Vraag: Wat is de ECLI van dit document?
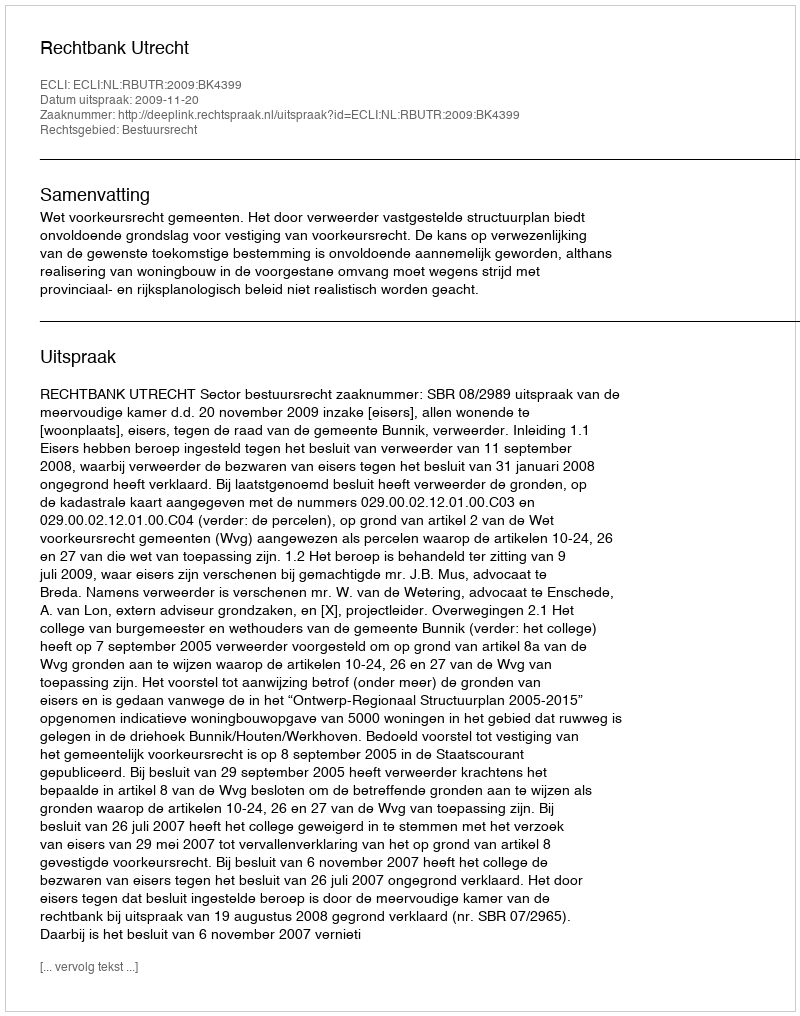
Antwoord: ECLI:NL:RBUTR:2009:BK4399